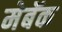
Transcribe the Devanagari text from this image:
मेबॅक